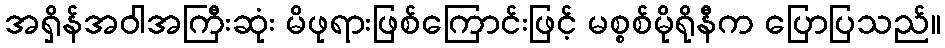
အရှိန်အဝါအကြီးဆုံး မိဖုရားဖြစ်ကြောင်းဖြင့် မစ္စစ်မိုရိုနီက ပြောပြသည်။